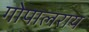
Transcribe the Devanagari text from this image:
गोपालराय